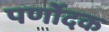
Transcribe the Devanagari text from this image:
पर्णोदक